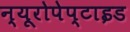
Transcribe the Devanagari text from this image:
न्यूरोपेप्टाइड